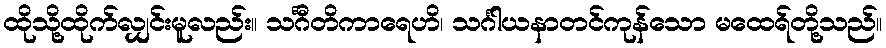
ထိုသို့ထိုက်လျှင်းမူလည်း။ သင်္ဂီတိကာရေဟိ၊ သင်္ဂါယနာတင်ကုန်သော မထေရ်တို့သည်။